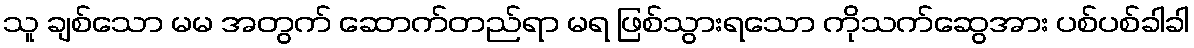
သူ ချစ်သော မမ အတွက် ဆောက်တည်ရာ မရ ဖြစ်သွားရသော ကိုသက်ဆွေအား ပစ်ပစ်ခါခါ